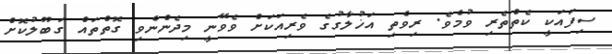
ސިފައަކީ ކެތްތެރި ވުމެވެ. ރިވެތި އަޚުލާގުގެ ވެރިއަކަށް ވެވޭނީ މިދެންނެވި ގޮތްތައް ގަބޫލުކޮށް